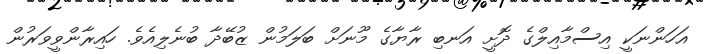
އަހަންނަކީ އިސްމާއިލްގެ ދޮށީ އަނބި ރާޔާގެ މޫނަށް ބަލަމުން ޒުބޭދާ ބުނެލިއެވެ. ހައިރާންވީވަރުން